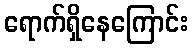
ရောက်ရှိနေကြောင်း